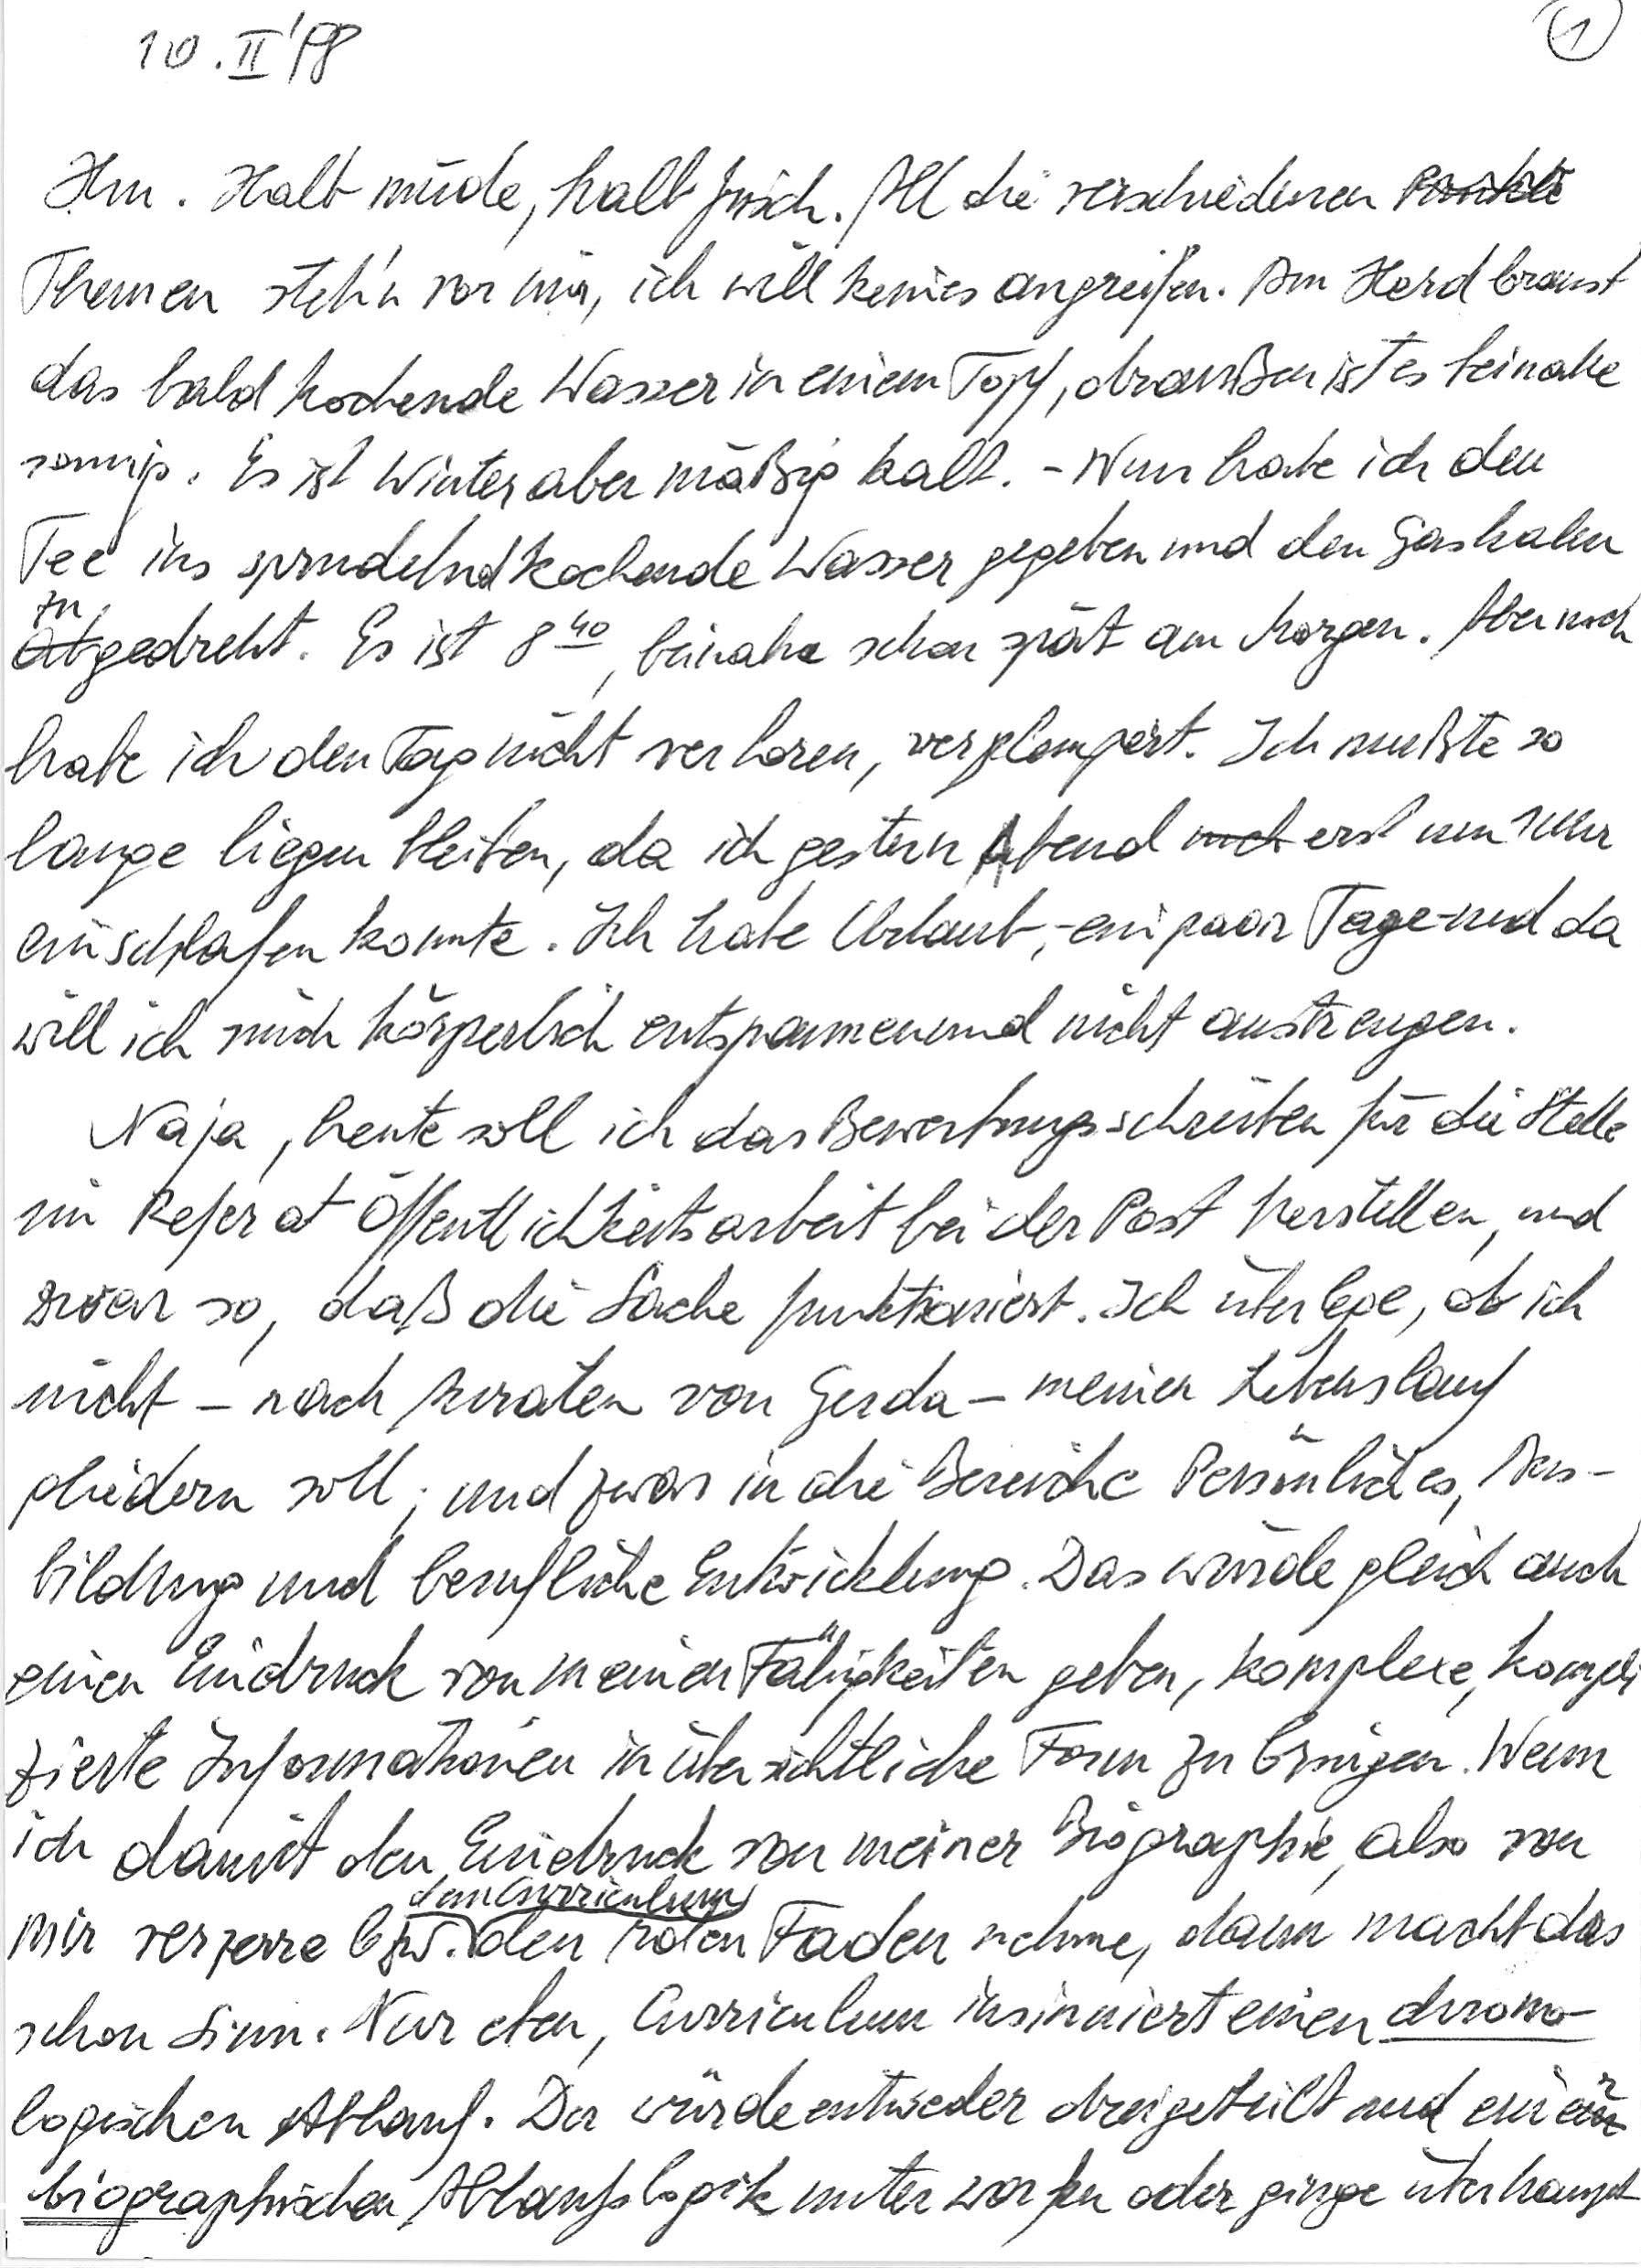
10. II. ‘98
Hm. Halb müde, halb frisch. All die verschiedenen
Themen steh’n vor mir, ich will keines angreifen. Am Herd braust
das bald kochende Wasser in einem Topf, draußen ist es beinahe
sonnig. Es ist Winter aber mäßig kalt. – Nun habe ich den
Tee ins sprudelnd kochende Wasser gegeben und den Gashahn
zugedreht. Es ist 840, beinahe schon spät am Morgen. Aber noch
habe ich den Tag nicht verloren, verplempert. Ich mußte so
lange liegen bleiben, da ich gestern Abend erst um 1 Uhr
einschlafen konnte. Ich habe Urlaub, – ein paar Tage – und da
will ich mich körperlich entspannen und nicht anstrengen.
Naja, heute soll ich das Bewerbungsschreiben für die Stelle
im Referat Öffentlichkeitsarbeit bei der Post herstellen, und
zwar so, daß die Sache funktioniert. Ich überlege, ob ich
nicht – nach Anraten von Gerda – meinen Lebenslauf
gliedern soll; und zwar in die Bereiche Persönliches, Aus-
bildung und berufliche Entwicklung. Das würde gleich auch
einen Eindruck von meinen Fähigkeiten geben, komplexe, kompli-
zierte Informationen in übersichtliche Form zu bringen. Wenn
ich damit den Eindruck von meiner Biographie, also von
mir verzerre bzw. dem Curriculum den roten Faden nehme, dann macht das
schon Sinn. Nur eben, Curriculum insinuiert einen chrono-
logischen Ablauf. Der würde entweder dreigeteilt und einer
biographischen Ablaufslogik unterworfen oder ginge überhaupt